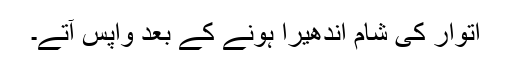
اتوار کی شام اندھیرا ہونے کے بعد واپس آتے۔